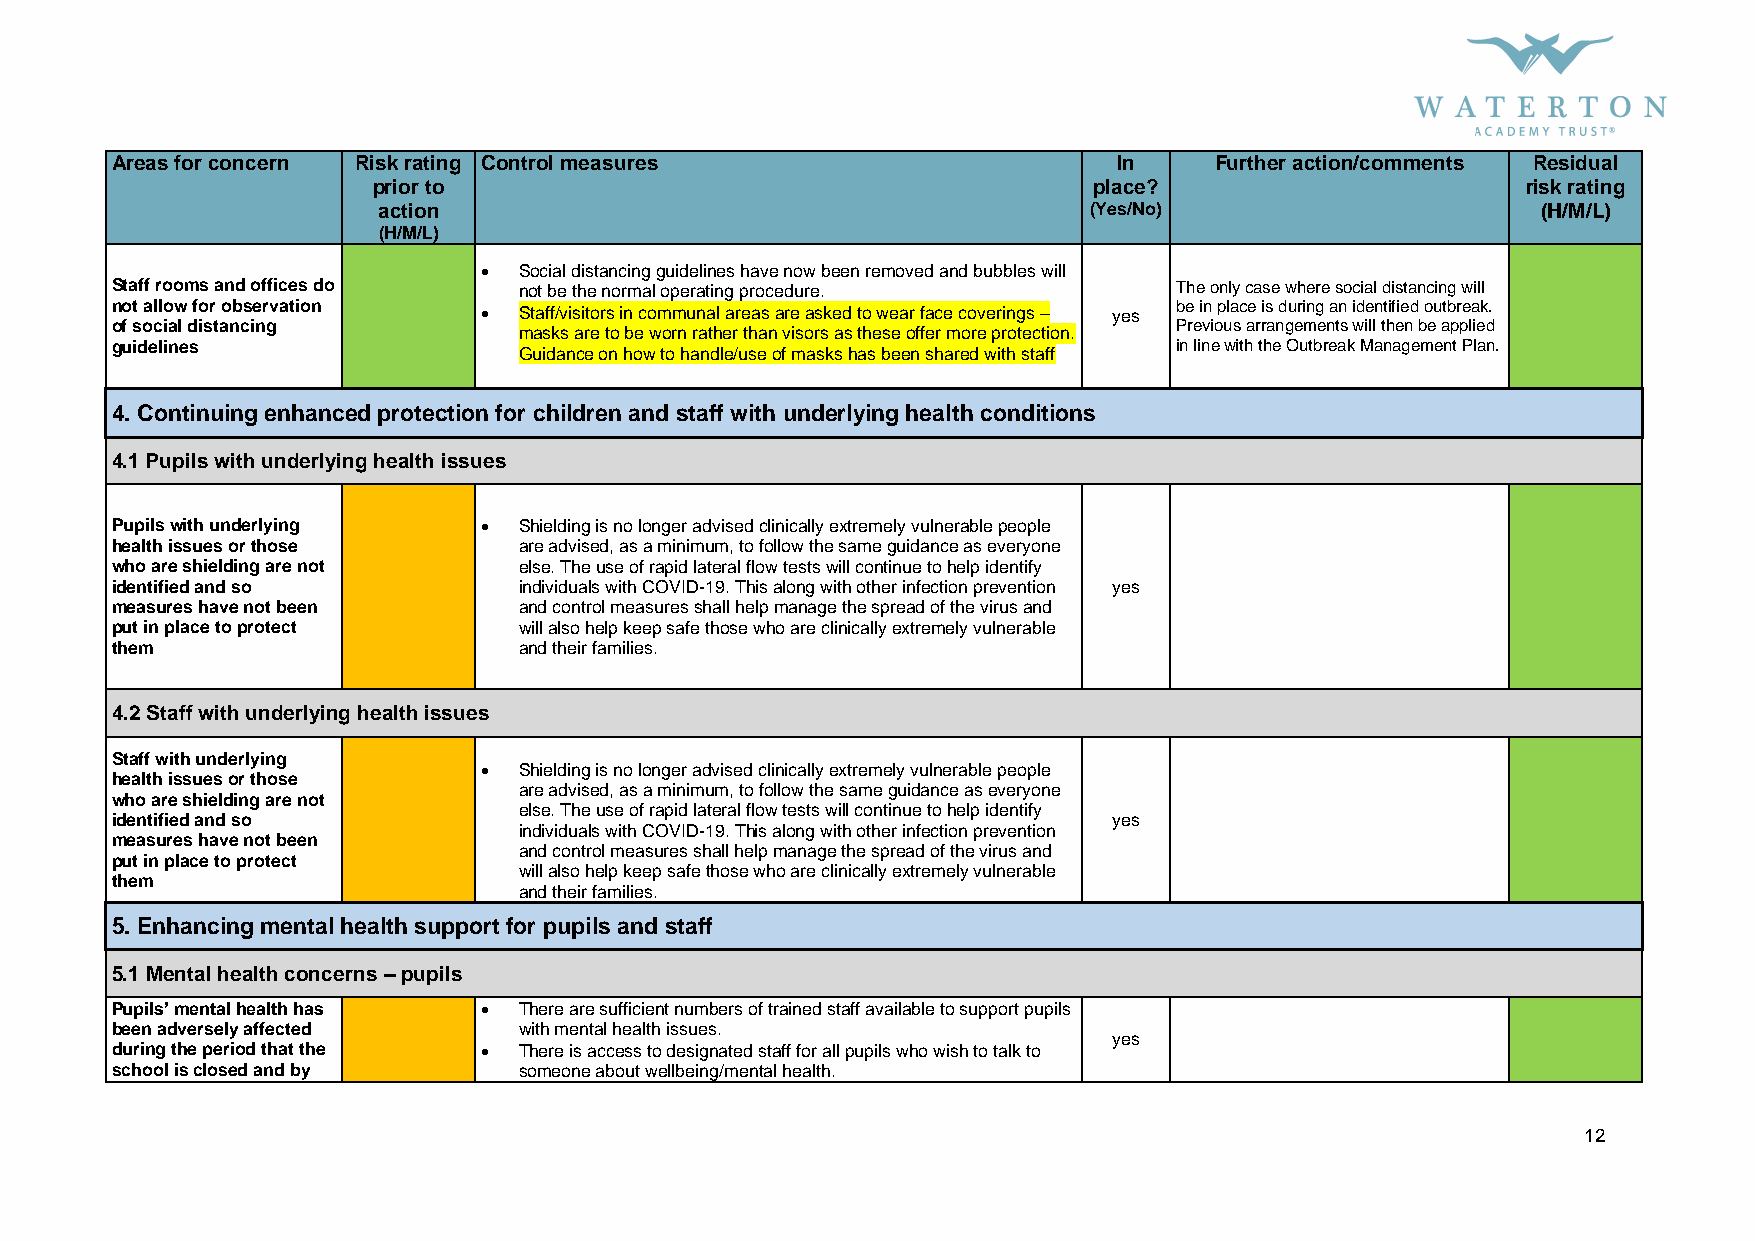
Areas for concern Risk rating Control measures                     In    Further action/comments Residual
 prior to                                       place?                       risk rating
 action                                         (Yes/No)                      (H/M/L)
 (H/M/L)
  Social distancing guidelines have now been removed and bubbles will
 Staff rooms and offices do not be the normal operating procedure.      The only case where social distancing will
 not allow for observation                                              be in place is during an identified outbreak.
  Staff/visitors in communal areas are asked to wear face coverings – yes
 of social distancing                                                   Previous arrangements will then be applied
 masks are to be worn rather than visors as these offer more protection.
 guidelines                                                             in line with the Outbreak Management Plan.
 Guidance on how to handle/use of masks has been shared with staff
 4. Continuing enhanced protection for children and staff with underlying health conditions
 4.1 Pupils with underlying health issues
 Pupils with underlying    Shielding is no longer advised clinically extremely vulnerable people
 health issues or those     are advised, as a minimum, to follow the same guidance as everyone
 who are shielding are not  else. The use of rapid lateral flow tests will continue to help identify
 identified and so          individuals with COVID-19. This along with other infection prevention yes
 measures have not been     and control measures shall help manage the spread of the virus and
 put in place to protect    will also help keep safe those who are clinically extremely vulnerable
 them                       and their families.
 4.2 Staff with underlying health issues
 Staff with underlying
  Shielding is no longer advised clinically extremely vulnerable people
 health issues or those
 who are shielding are not
 are advised, as a minimum, to follow the same guidance as everyone
 identified and so
 else. The use of rapid lateral flow tests will continue to help identify
 yes
 individuals with COVID-19. This along with other infection prevention
 measures have not been
 and control measures shall help manage the spread of the virus and
 put in place to protect
 will also help keep safe those who are clinically extremely vulnerable
 them
 and their families.
 5. Enhancing mental health support for pupils and staff
 5.1 Mental health concerns – pupils
 Pupils’ mental health has  There are sufficient numbers of trained staff available to support pupils
 been adversely affected    with mental health issues.
 yes
 during the period that the  There is access to designated staff for all pupils who wish to talk to
 school is closed and by    someone about wellbeing/mental health.
 12